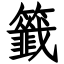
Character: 籤